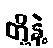
တို့နဲ့